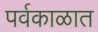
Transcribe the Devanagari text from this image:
पर्वकाळात